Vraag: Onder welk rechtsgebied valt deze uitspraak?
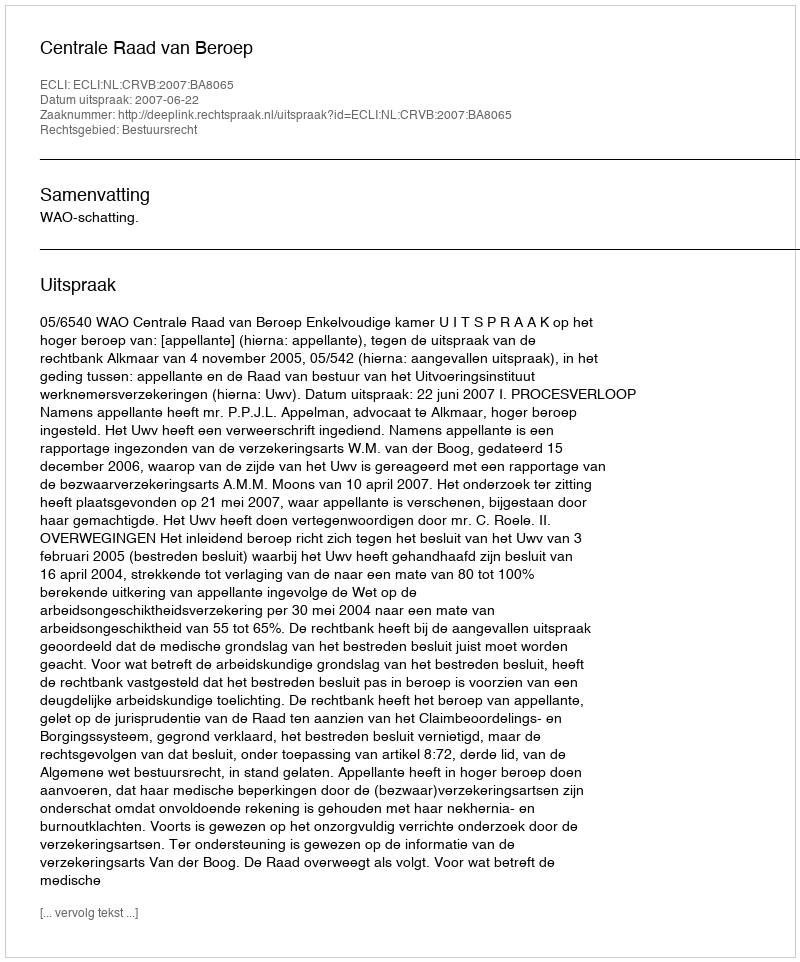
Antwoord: Bestuursrecht